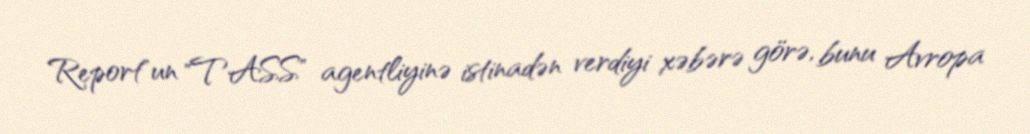
Report"un "TASS" agentliyinə istinadən verdiyi xəbərə görə, bunu Avropa